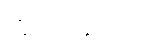
ဣသရေလ၌